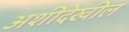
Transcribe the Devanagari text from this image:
अशीदेखील